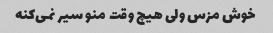
خوش مزس ولی هیچ وقت منو سیر نمی‌کنه